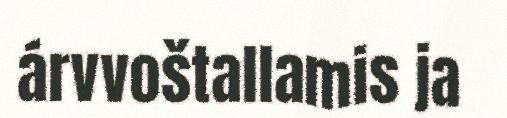
árvvoštallamis ja